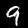
Digit: 9